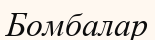
Бомбалар